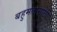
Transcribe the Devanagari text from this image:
बहुमतासाठी